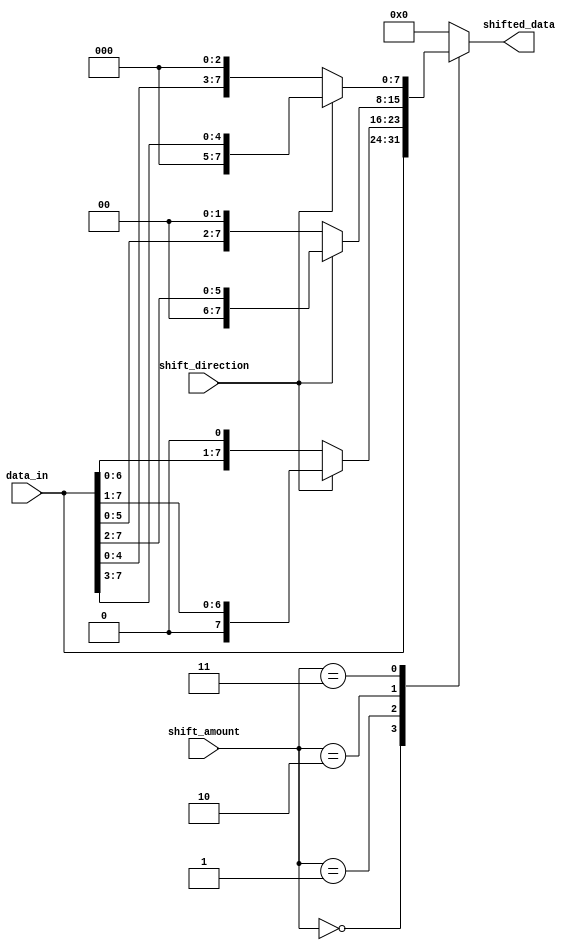
module sparse_barrel_shifter (
    input wire [7:0] data_in,
    input wire [2:0] shift_amount,
    input wire shift_direction, // 0 for right shift, 1 for left shift
    output wire [7:0] shifted_data
);

reg [7:0] temp_data;

always @(*) begin
    case (shift_amount)
        3'b000: temp_data = data_in; // no shift
        3'b001: temp_data = shift_direction ? data_in >> 1 : data_in << 1; // 1 position shift
        3'b010: temp_data = shift_direction ? data_in >> 2 : data_in << 2; // 2 position shift
        3'b011: temp_data = shift_direction ? data_in >> 3 : data_in << 3; // 3 position shift
        // add more shift amounts here as needed
        default: temp_data = 8'b0; // default to 0 shift
    endcase
end

assign shifted_data = temp_data;

endmodule